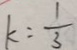
k = \frac { 1 } { 3 }